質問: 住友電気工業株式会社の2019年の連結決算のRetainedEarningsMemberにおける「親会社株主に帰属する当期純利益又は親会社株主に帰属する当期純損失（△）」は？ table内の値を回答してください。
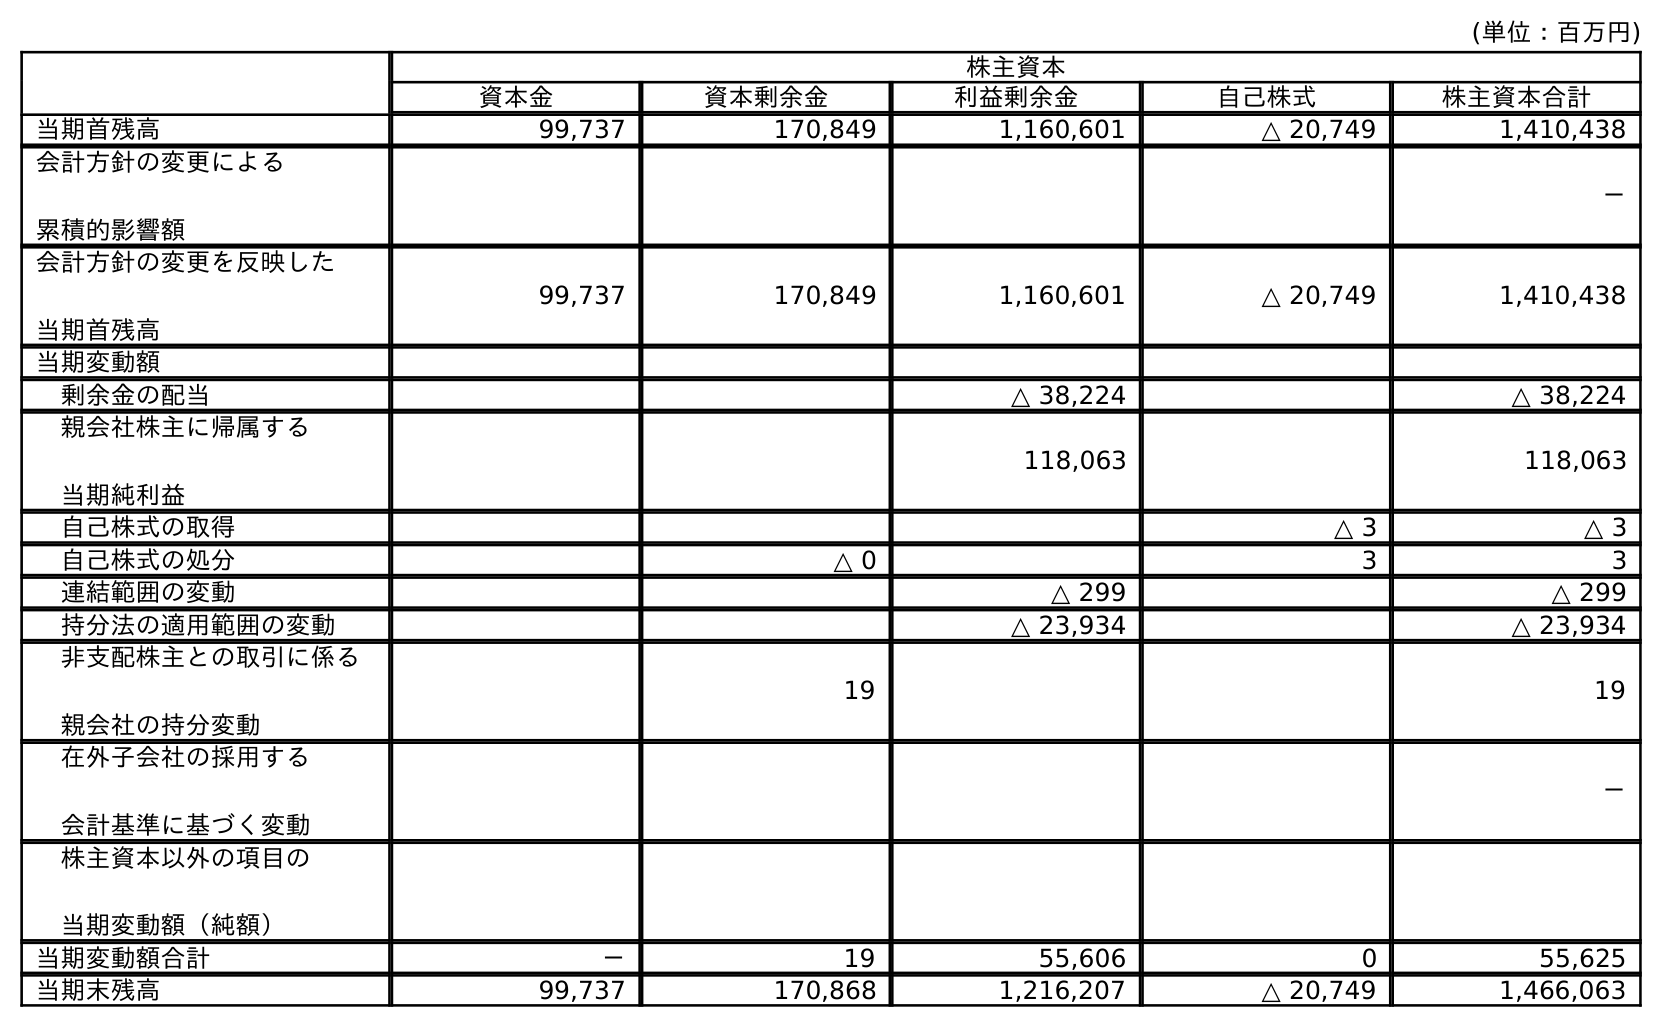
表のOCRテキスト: (単位：百万円) 株主資本 資本金 資本剰余金 利益剰余金 自己株式 株主資本合計 当期首残高 99,737 170,849 1,160,601 △ 20,749 1,410,438 会計方針の変更による 累積的影響額 － 会計方針の変更を反映した 当期首残高 99,737 170,849 1,160,601 △ 20,749 1,410,438 当期変動額 剰余金の配当 △ 38,224 △ 38,224 親会社株主に帰属する 当期純利益 118,063 118,063 自己株式の取得 △ 3 △ 3 自己株式の処分 △ 0 3 3 連結範囲の変動 △ 299 △ 299 持分法の適用範囲の変動 △ 23,934 △ 23,934 非支配株主との取引に係る 親会社の持分変動 19 19 在外子会社の採用する 会計基準に基づく変動 － 株主資本以外の項目の 当期変動額（純額） 当期変動額合計 － 19 55,606 0 55,625 当期末残高 99,737 170,868 1,216,207 △ 20,749 1,466,063
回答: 118,063